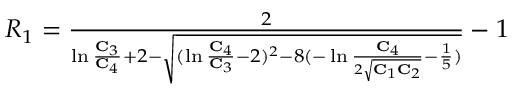
\begin{array} { r } { R _ { 1 } = \frac { 2 } { \ln \frac { \mathbf { C } _ { 3 } } { \mathbf { C } _ { 4 } } + 2 - \sqrt { ( \ln \frac { \mathbf { C } _ { 4 } } { \mathbf { C } _ { 3 } } - 2 ) ^ { 2 } - 8 ( - \ln \frac { \mathbf { C } _ { 4 } } { 2 \sqrt { \mathbf { C } _ { 1 } \mathbf { C } _ { 2 } } } - \frac { 1 } { 5 } ) } } - 1 } \end{array}